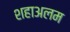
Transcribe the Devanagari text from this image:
शहाअलम